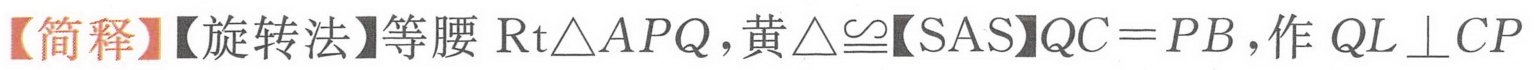
【简释】【旋转法】等腰\(\text{Rt}\triangle APQ\)，黄\(\triangle\cong\)【SAS】\(QC = PB\)，作 \(QL\perp CP\)